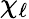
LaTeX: \chi_{\ell}